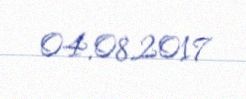
04.08.2017